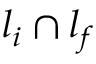
l _ { i } \cap l _ { f }